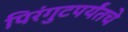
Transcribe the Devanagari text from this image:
पिरंगुटपर्यंतचे